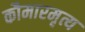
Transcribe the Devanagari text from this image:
कौमारमृत्य